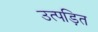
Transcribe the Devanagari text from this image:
उत्पड़ित